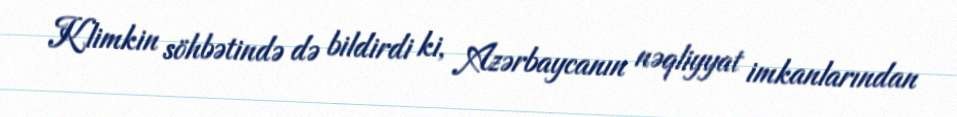
Klimkin söhbətində də bildirdi ki, Azərbaycanın nəqliyyat imkanlarından